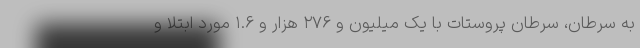
به سرطان، سرطان پروستات با یک میلیون و ۲۷۶ هزار و ۱.۶ مورد ابتلا و